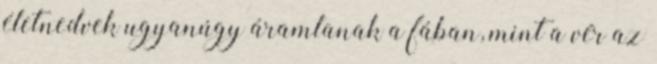
életnedvek ugyanúgy áramlanak a fában, mint a vér az